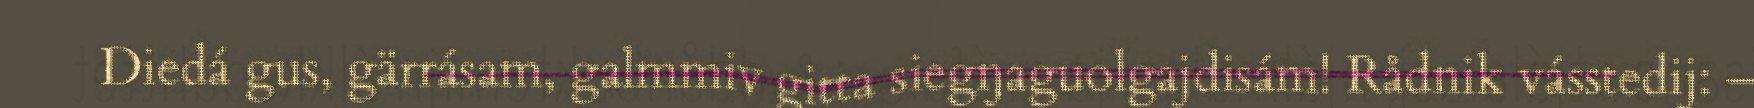
Diedá gus, gärrásam, galmmiv gitta siegŋaguolgajdisám! Rådnik vásstedij: –